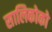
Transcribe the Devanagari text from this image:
सालिकोको